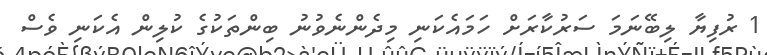
1 ރުފިޔާ ލިބޭނަމަ ސަރުކާރަށް ހަމައެކަނި މިދެންނެވުނު ބިންތަކުގެ ކުލިން އެކަނި ވެސް